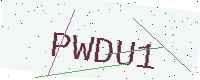
Text: PWDU1